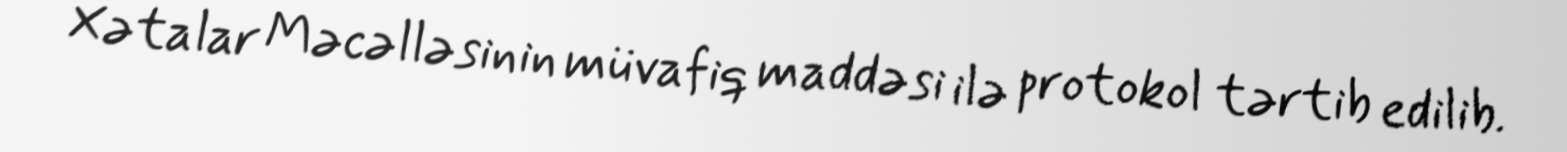
Xətalar Məcəlləsinin müvafiq maddəsi ilə protokol tərtib edilib.